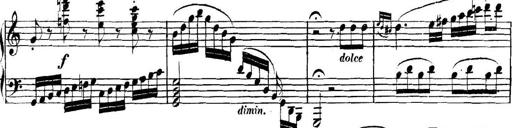
Title: Collected Piano Sonatas
Composer: Muzio Clementi